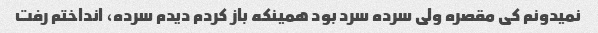
نمیدونم کی مقصره ولی سرده سرد بود همینکه باز کردم دیدم سرده، انداختم رفت